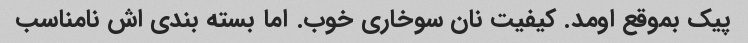
پیک بموقع اومد. کیفیت نان سوخاری خوب. اما بسته بندی اش نامناسب